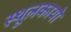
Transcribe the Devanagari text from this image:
स्थूलकायो